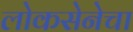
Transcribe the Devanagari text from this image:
लोकसेनेचा